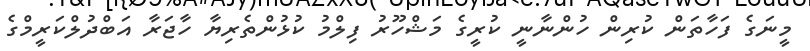
މީނަގެ ފަހާތަން ކުރިން ހުންނާނީ ކުރީގެ މަޝްހޫރު ފިލްމު ކުޅުންތެރިޔާ ހާޖަރާ އަބްދުލްކަރީމްގެ